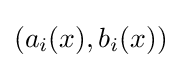
(a_{i}(x),b_{i}(x))